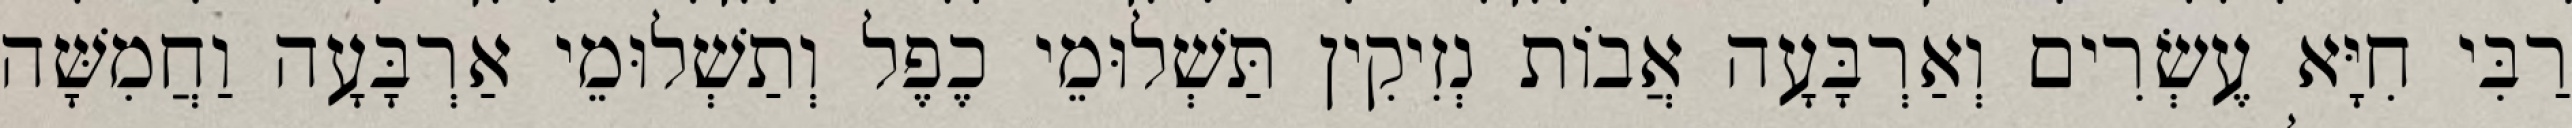
רַבִּי חִיָּא עֶשְׂרִים וְאַרְבָּעָה אֲבוֹת נְזִיקִין תַּשְׁלוּמֵי כֶפֶל וְתַשְׁלוּמֵי אַרְבָּעָה וַחֲמִשָּׁה